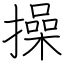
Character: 操